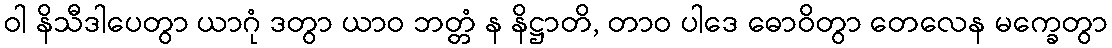
ဝါ နိသီဒါပေတွာ ယာဂုံ ဒတွာ ယာဝ ဘတ္တံ န နိဋ္ဌာတိ, တာဝ ပါဒေ ဓောဝိတွာ တေလေန မက္ခေတွာ